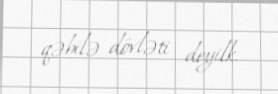
qəbilə dövləti deyilk.